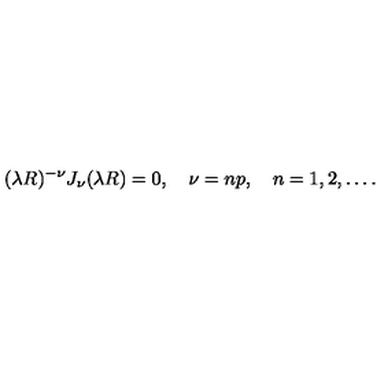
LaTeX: ( \lambda R ) ^ { - \nu } J _ { \nu } ( \lambda R ) = 0 , \quad \nu = n p , \quad n = 1 , 2 , \ldots { . }